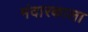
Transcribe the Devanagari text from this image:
मंदारकाला